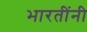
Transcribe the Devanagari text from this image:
भारतींनी